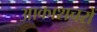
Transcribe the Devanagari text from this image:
आकाशचरों